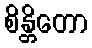
စိန္တိတော